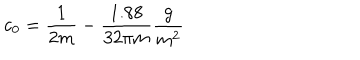
c _ { 0 } = \frac { 1 } { 2 m } - \frac { 1 . 8 8 } { 3 2 \pi m } \frac { g } { m ^ { 2 } }